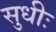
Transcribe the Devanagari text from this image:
सुधीः